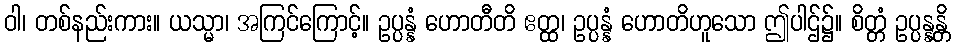
ဝါ၊ တစ်နည်းကား။ ယသ္မာ၊ အကြင်ကြောင့်။ ဥပ္ပန္နံ ဟောတီတိ ဧတ္ထ၊ ဥပ္ပန္နံ ဟောတိဟူသော ဤပါဌ်၌။ စိတ္တံ ဥပ္ပန္နန္တိ